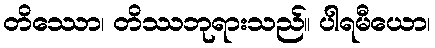
တိဿော၊ တိဿဘုရားသည်။ ပါရမီယော၊